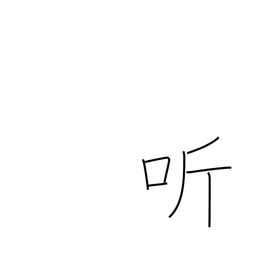
Meaning: open-mouthed laughter